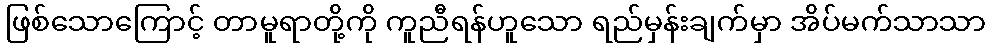
ဖြစ်သောကြောင့် တာမူရာတို့ကို ကူညီရန်ဟူသော ရည်မှန်းချက်မှာ အိပ်မက်သာသာ